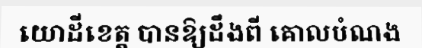
យោដីខេត្ត បានឱ្យដឹងពី គោលបំណង